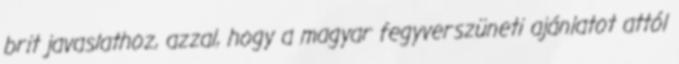
brit javaslathoz, azzal, hogy a magyar fegyverszüneti ajánlatot attól